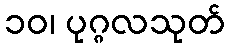
၁၀၊ ပုဂ္ဂလသုတ်